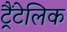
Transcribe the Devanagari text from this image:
ट्रैंटेलिक